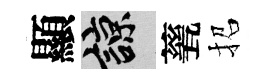
顯諒甆招